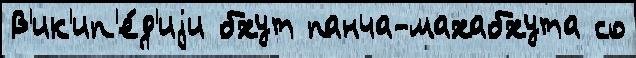
В'ик'ип'е́д'иjи бхут панча-махабхута со